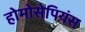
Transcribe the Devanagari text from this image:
होमोसेपियंस